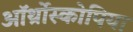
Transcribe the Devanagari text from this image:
ऑर्थ्रोस्कोपिया